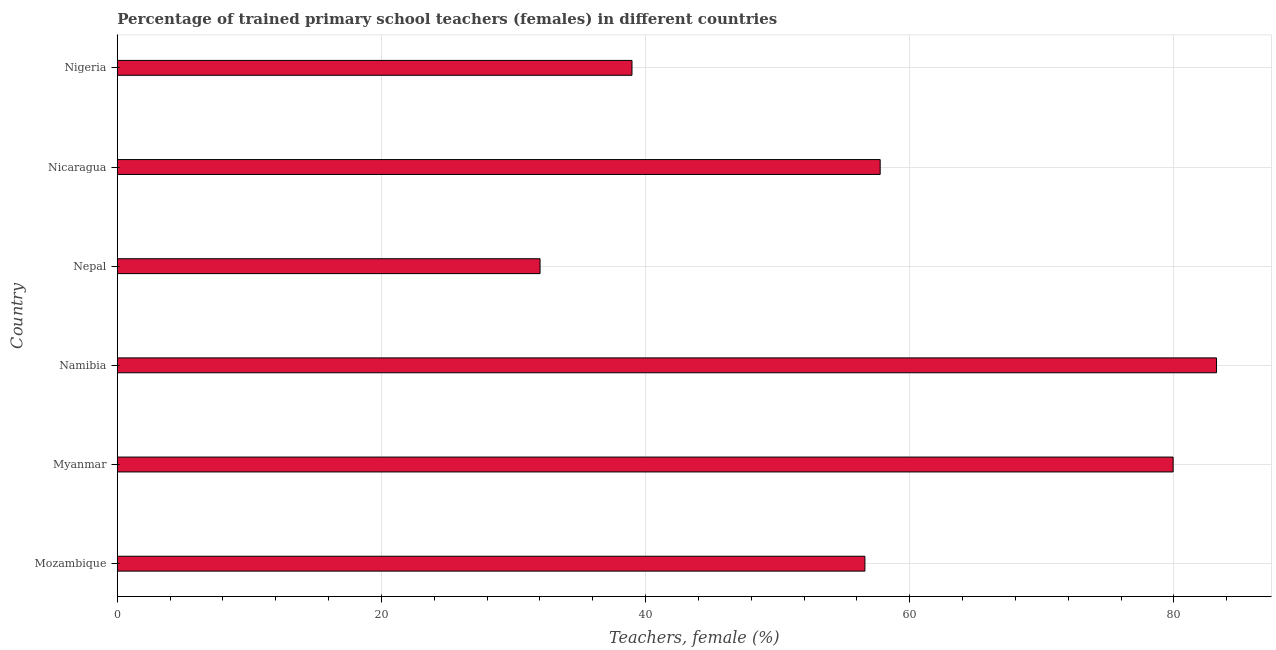
| Country | Trained teachers female |
 | --- | --- |
 | Mozambique | 56.6 |
 | Myanmar | 79.9 |
 | Namibia | 83.2 |
 | Nepal | 32 |
 | Nicaragua | 57.8 |
 | Nigeria | 39 |